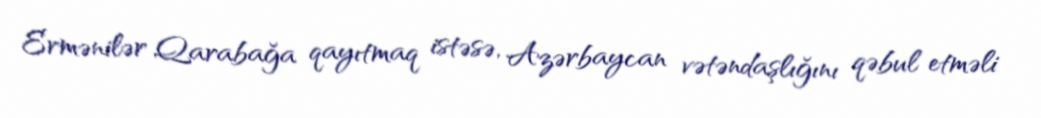
Ermənilər Qarabağa qayıtmaq istəsə, Azərbaycan vətəndaşlığını qəbul etməli